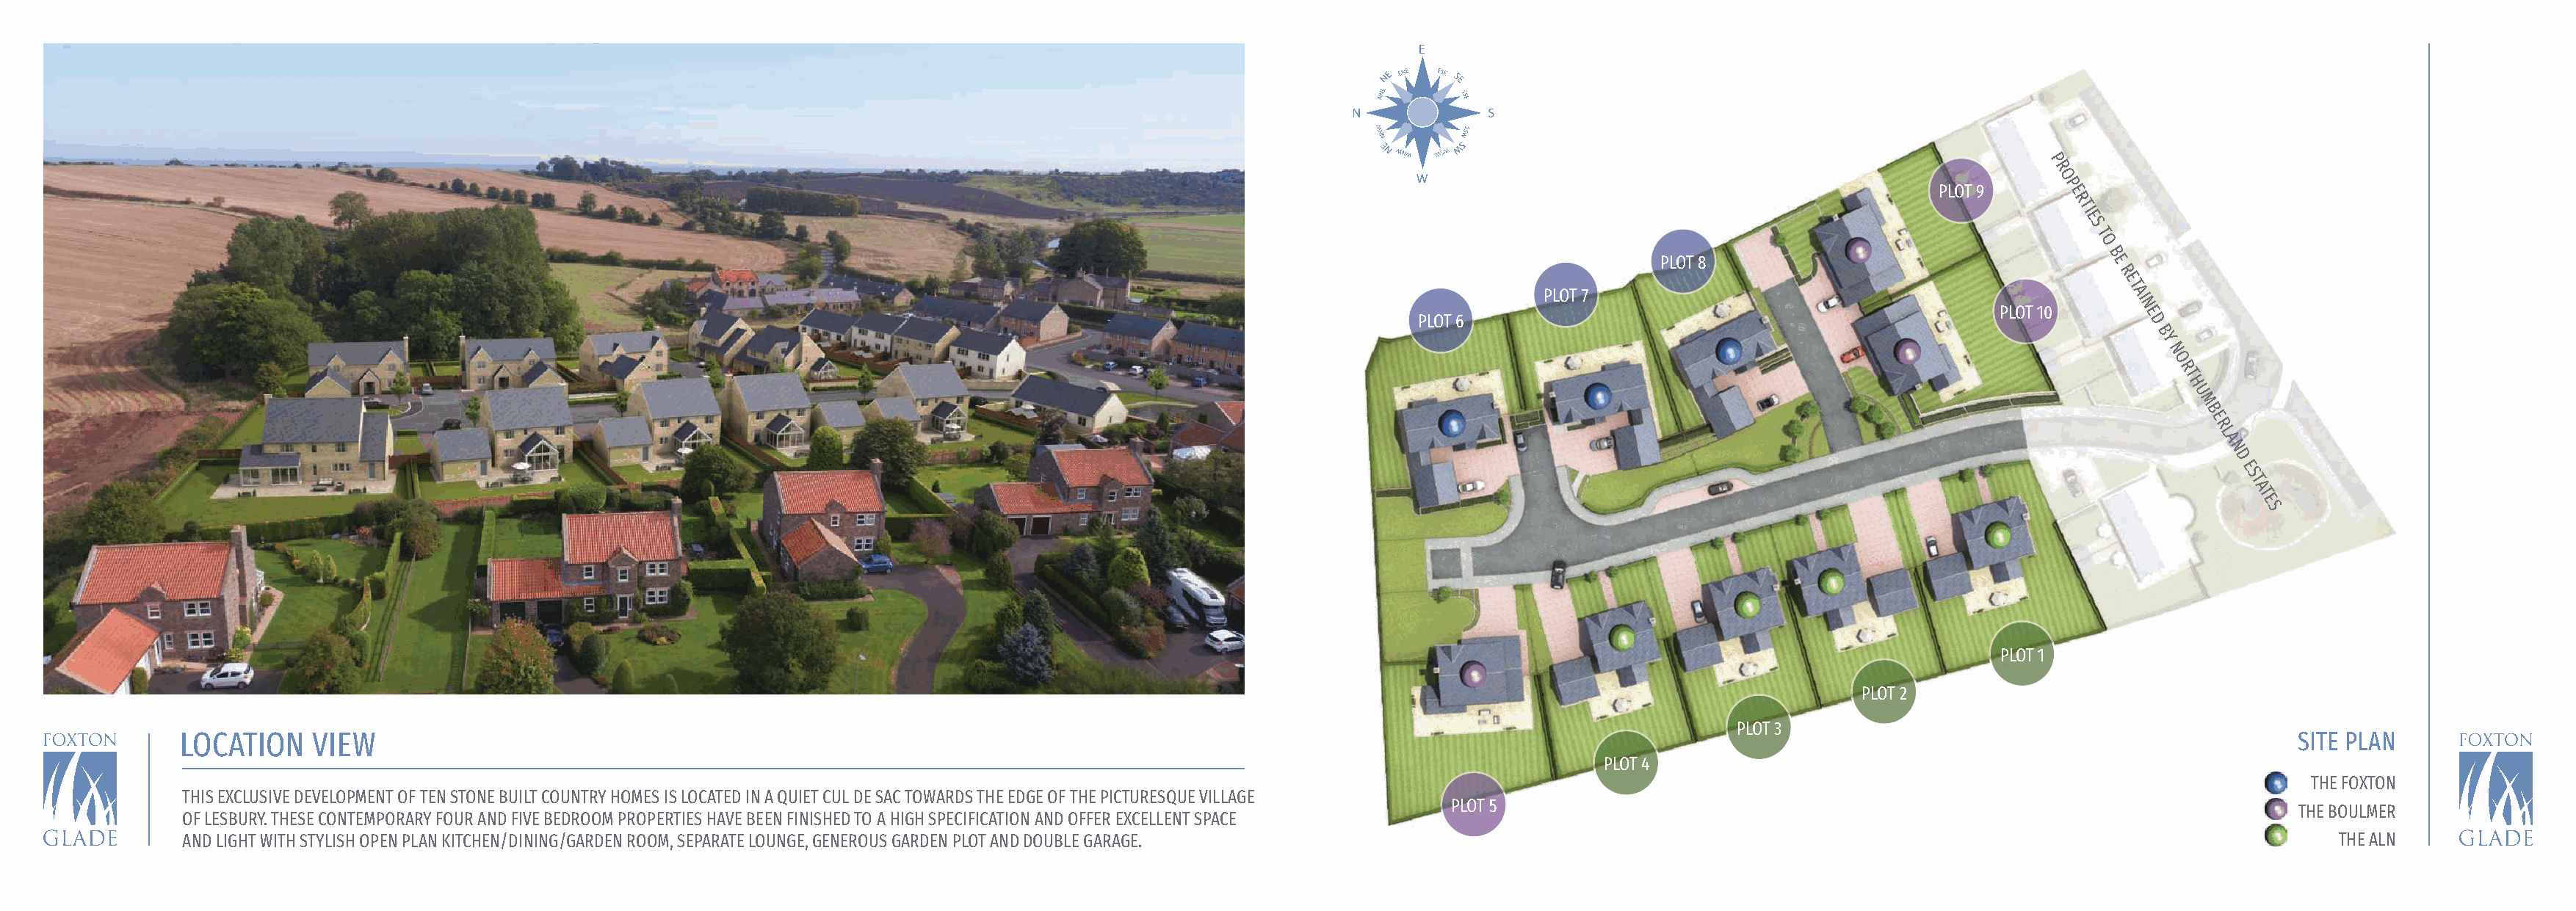
P
 R
 O
 PLOT 9     P E
 R
 TI
 E
 S
 T
 O
 B
 PLOT 8                                  E
 R
 E
 T
 PLOT 7                                               AI
 PLOT 10     N E
 PLOT 6                                                           D
 B
 Y
 N
 O
 R
 T
 H
 U
 M
 B
 E
 R
 L
 A
 N
 D
 E
 S
 T
 A
 T
 E
 S
 PLOT 1
 PLOT 2
 PLOT 3
 LOCATION    VIEW                                                                                                                                                                               SITE PLAN
 PLOT 4
 THE FOXTON
 THIS EXCLUSIVE DEVELOPMENT OF TEN STONE BUILT COUNTRY HOMES IS LOCATED IN A QUIET CUL DE SAC TOWARDS THE EDGE OF THE PICTURESQUE VILLAGE
 PLOT 5
 THE BOULMER
 OF LESBURY. THESE CONTEMPORARY FOUR AND FIVE BEDROOM PROPERTIES HAVE BEEN FINISHED TO A HIGH SPECIFICATION AND OFFER EXCELLENT SPACE
 AND LIGHT WITH STYLISH OPEN PLAN KITCHEN/DINING/GARDEN ROOM, SEPARATE LOUNGE, GENEROUS GARDEN PLOT AND DOUBLE GARAGE.                                                                              THE ALN